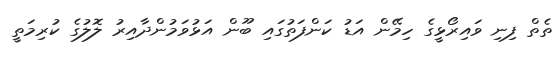
ތެތް ފިނި ވައިރޯޅީގެ ހިމޭން އަޑު ކަންފަތުގައި ބޫން އަޅުވަމުންދާއިރު ލޮލުގެ ކުރިމަތީ